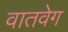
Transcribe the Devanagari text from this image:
वातवेग